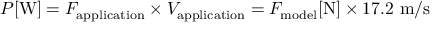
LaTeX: P [ \mathrm { W } ] = F _ { \mathrm { a p p l i c a t i o n } } \times V _ { \mathrm { a p p l i c a t i o n } } = F _ { \mathrm { m o d e l } } [ \mathrm { N } ] \times 1 7 . 2 \ \mathrm { m / s }